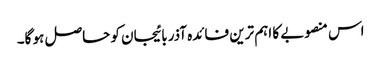
اس منصوبے کا اہم ترین فائدہ آذربائیجان کو حاصل ہو گا۔